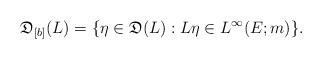
LaTeX: \begin{align*}\mathfrak D_{[b]}(L)=\{\eta\in \mathfrak D(L): L\eta\in L^\infty(E;m)\}.\end{align*}